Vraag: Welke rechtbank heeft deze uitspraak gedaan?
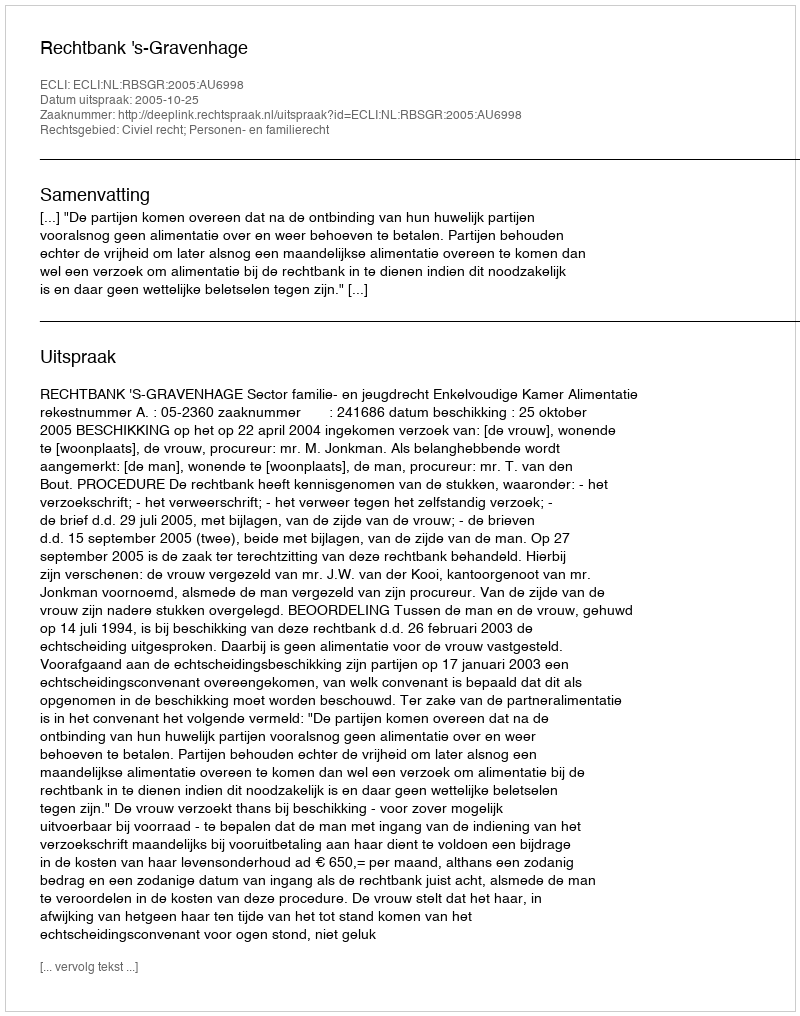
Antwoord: Rechtbank 's-Gravenhage